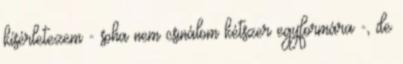
kísérletezem - soha nem csinálom kétszer egyformára -, de